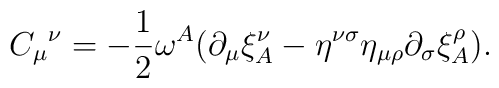
{C_\mu}^\nu=-\frac 12\omega^A(\partial_\mu\xi^\nu_A-\eta^{\nu\sigma}\eta_{\mu\rho}\partial_\sigma\xi^\rho_A).